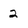
Character: 2